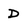
Character: D